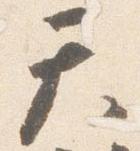
天